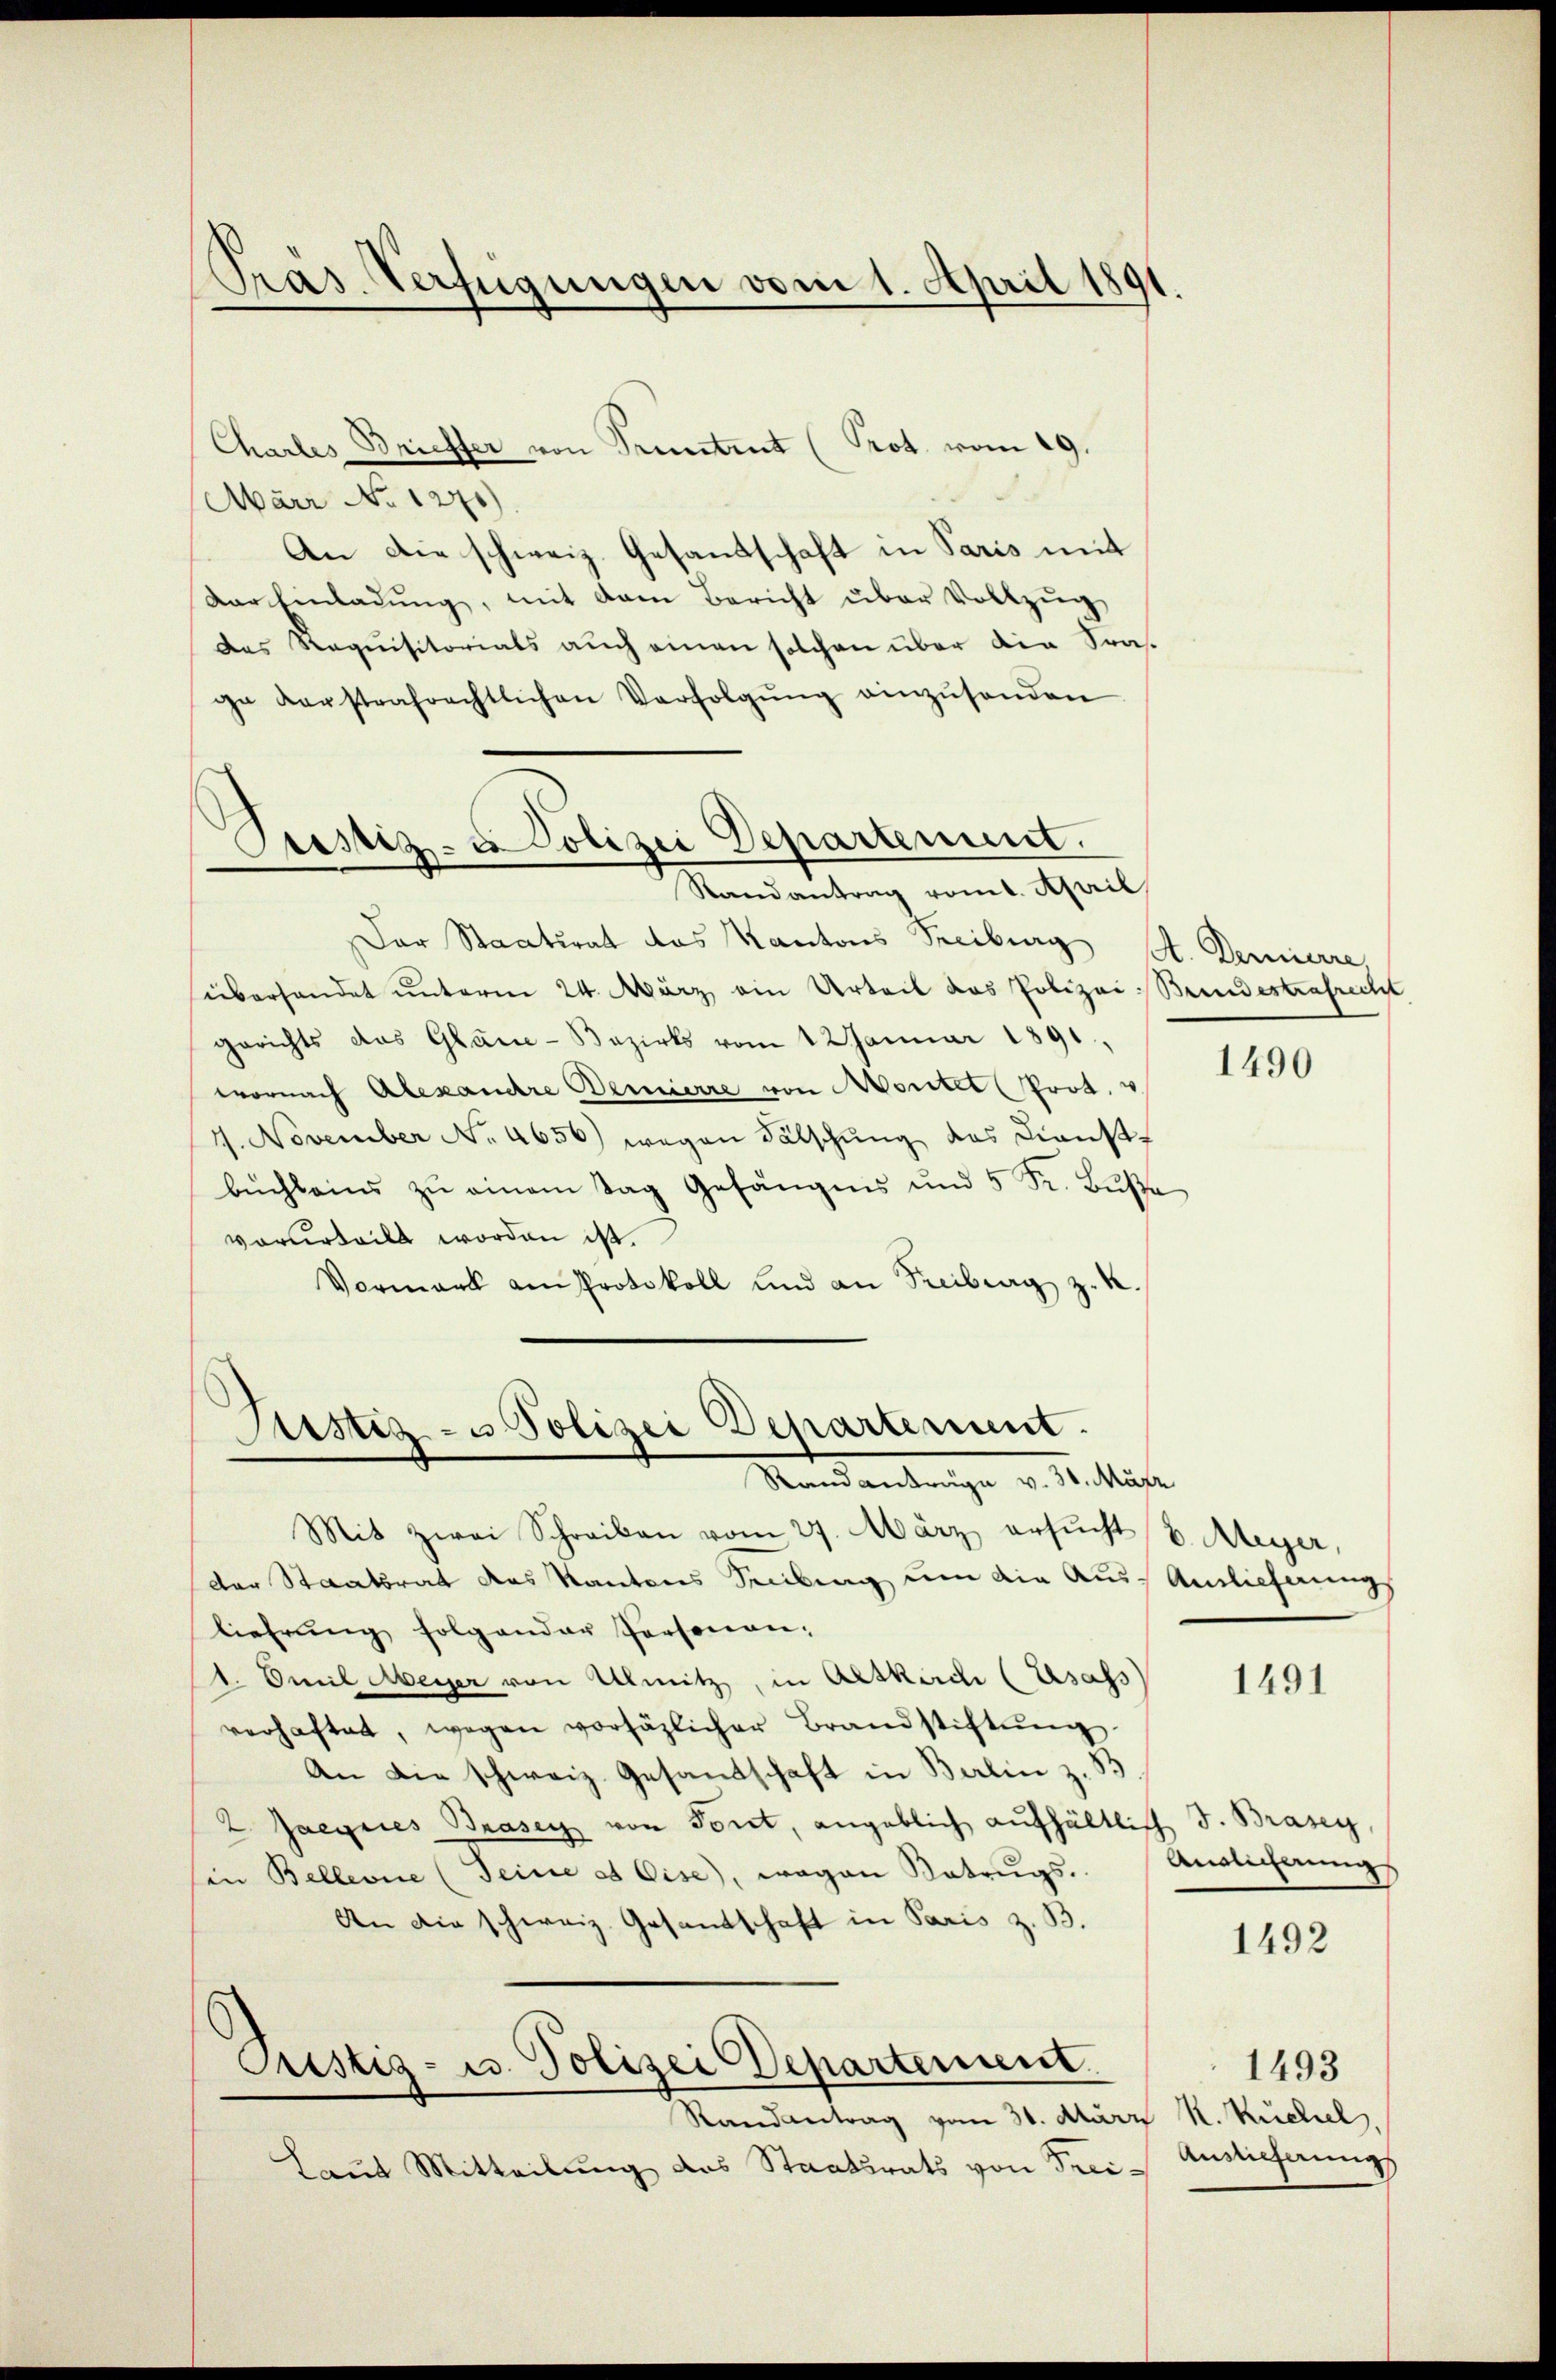
Pras Verfügungen vom 1. April 1891

Chartes Brieffer von Truntent (Prot. vom 19.
Märr No 1271)
An die schweiz. Gesandschaft in Paris mit
Dar Einladung, mit dem Bericht über Vollzug
das Requisitorials auch einen solchen über die Sras-
ge verstrafrechtlichen Verfolgŭng einzŭsenden
Der Staatsrat das Kantons Freiburg A. Denierre,
überhandet unterm 24. März ein Urteil das Polizei-Bundestrafrecht
gerichts das Glane-Bezirks vom 1 Januar 1891,
wornach Alexandre Bemierre von Monter (Prot. v
1. November No. 4656) wegen Fälschŭng des Dienst-
bŭchleins zŭ einem Tag Gefängens und 5 Fr. Bŭβe
vorurteilt worden ist.
Vormark am Protokoll und an Seitrag z.

Justiz- u Polizei Departement.
Randantrag vom 1. April

Sistiz- u Polizei Departement.
Randanträge v. 31. März

Mit zwei Schreiben vom 27. März ersucht v. Meyer,
der Staatsrat des Kantons Sebung um die Aus Auslieferungs
lieferung folgender Personen:
1. Emil Aberger von Ulmitz, in Altkirch (besass
verhaftet, wegen vorsäzlicher Brandstiftŭng.
An die schweiz. Gesandschaft in Berlin z. B
2. Jaegeres Brasey von Toret, angeblich aufhältlich J. Brasey,
in Bellevue (Seine es Eise), wegen Betrugs-
An die schweiz. Gesandtschaft in Paris z. B.
Pristig- u. Polizei Departement.
Randantrag vom 31. März R. Ruchel,
Laut Mitteilŭng des Staatsrats von Frei- Auslieferungs

1490

1491

Anslicherung

1492

1493